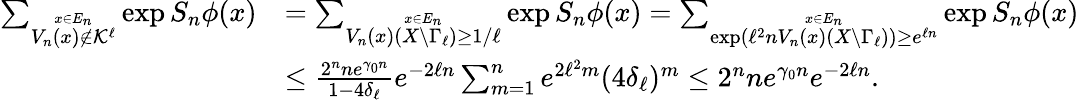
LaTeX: \begin{array}{rl}{\sum_{\stackrel{x\in E_{n}}{V_{n}(x)\notin\mathcal K^{\ell}}}\exp S_{n}\phi(x)}&{=\sum_{\stackrel{x\in E_{n}}{V_{n}(x)(X\setminus\Gamma_{\ell})\geq 1/\ell}}\exp S_{n}\phi(x)=\sum_{\stackrel{x\in E_{n}}{\exp\left(\ell^{2}nV_{n}(x)(X\setminus\Gamma_{\ell})\right)\geq e^{\ell n}}}\exp S_{n}\phi(x)}\\ &{\leq\frac{2^{n}ne^{\gamma_{0}n}}{1-4\delta_{\ell}}e^{-2\ell n}\sum_{m=1}^{n}e^{2\ell^{2}m}(4\delta_{\ell})^{m}\leq 2^{n}ne^{\gamma_{0}n}e^{-2\ell n}.}\end{array}